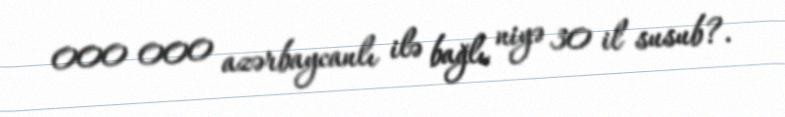
000 000 azərbaycanlı ilə bağlı niyə 30 il susub?.